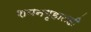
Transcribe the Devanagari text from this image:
शयनगृहातही